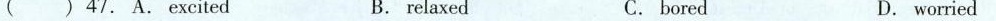
47. A. Excited B. relaxed C. bored D. worried